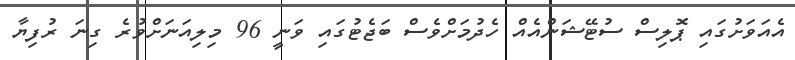
އެއަވަށުގައި ޕޮލިސް ސުޓޭޝަންއެއް ހެދުމަށްވެސް ބަޖެޓުގައި ވަނީ 96 މިލިއަނަށްވުރެ ގިނަ ރުފިޔާ